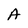
Character: A